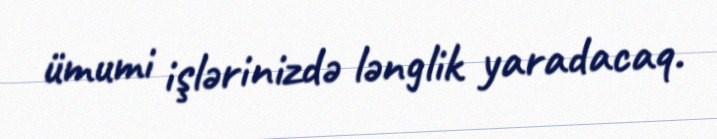
ümumi işlərinizdə lənglik yaradacaq.